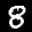
Label: 8